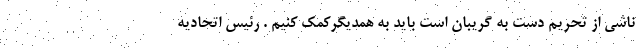
ناشی از تحریم دست به گریبان است بايد به همدیگركمك كنيم . رئيس اتحاديه